Leprosy in India: report of the Leprosy Commission in India, 1890-91
Year: 1890
Disease focus: Leprosy
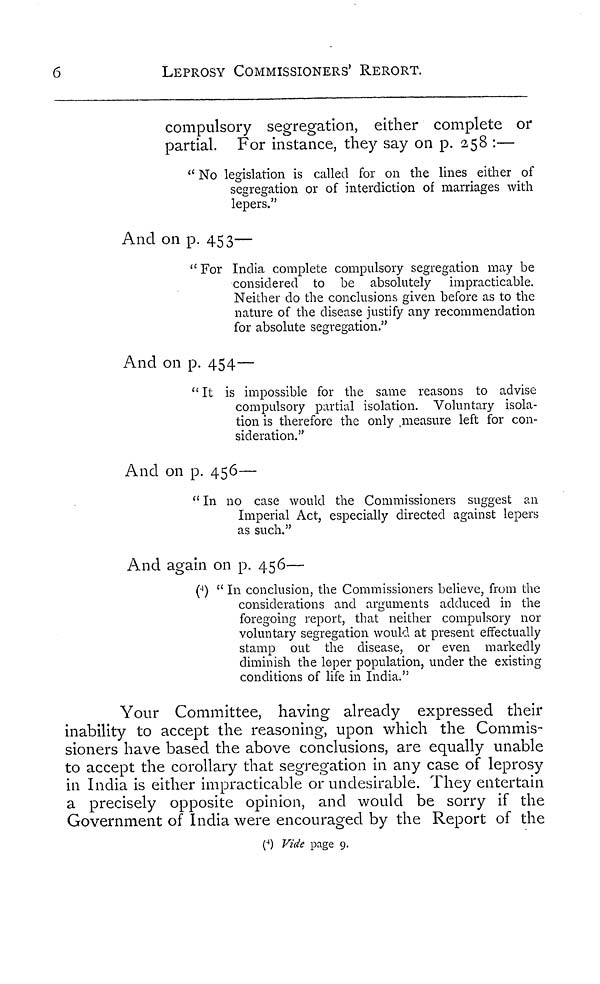
6
LEPROSY COMMISSIONERS' RERORT.
compulsory segregation, either complete or
partial. For instance, they say on p. 258 :—
" No legislation is called for on the lines either of
segregation or of interdiction of marriages with
lepers."
And on p. 453—
" For India complete compulsory segregation may be
considered to be absolutely impracticable.
Neither do the conclusions given before as to the
nature of the disease justify any recommendation
for absolute segregation."
And on p. 454—
" It is impossible for the same reasons to advise
compulsory partial isolation. Voluntary isola-
tion is therefore the only .measure left for con-
sideration."
And on p. 456—
" In no case would the Commissioners suggest an
Imperial Act, especially directed against lepers
as such."
And again on p. 456—
(4) " In conclusion, the Commissioners believe, from the
considerations and arguments adduced in the
foregoing report, that neither compulsory nor
voluntary segregation would at present effectually
stamp out the disease, or even markedly
diminish the leper population, under the existing
conditions of life in India."
Your Committee, having already expressed their
inability to accept the reasoning, upon which the Commis-
sioners have based the above conclusions, are equally unable
to accept the corollary that segregation in any case of leprosy
in India is either impracticable or undesirable. They entertain
a precisely opposite opinion, and would be sorry if the
Government of India were encouraged by the Report of the
( 4 ) Vide page 9.